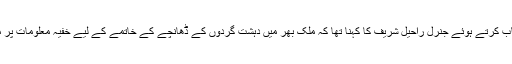
اس موقع پر کانفرنس سے خطاب کرتے ہوئے جنرل راحیل شریف کا کہنا تھا کہ ملک بھر میں دہشت گردوں کے ڈھانچے کے خاتمے کے لیے خفیہ معلومات پر مبنی آپریشن تیز کرنا ہوں گے۔